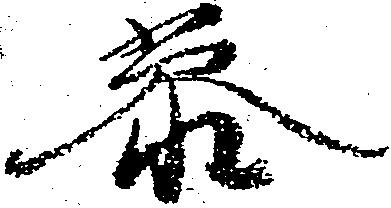
参